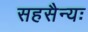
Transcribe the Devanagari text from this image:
सहसैन्यः